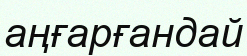
аңғарғандай